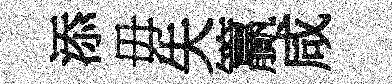
添毋失籯咸